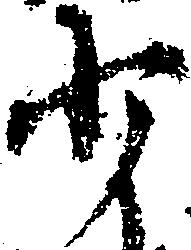
少